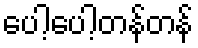
ပေါ့ပေါ့တန်တန်